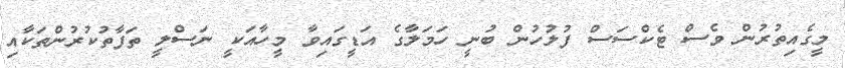
މީގެއިތުރުން ވެސް ޓެކްސަސް ފުލުހުން ބުނީ ހަމަލާގެ އަޑީގައިވާ މީހާއަކީ ނަސްލީ ތަފާތުކުރުންތަކާއި